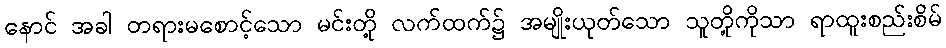
နောင် အခါ တရားမစောင့်သော မင်းတို့ လက်ထက်၌ အမျိုးယုတ်သော သူတို့ကိုသာ ရာထူးစည်းစိမ်